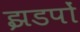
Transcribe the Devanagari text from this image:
झडपों